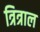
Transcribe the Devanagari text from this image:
त्रित्राल